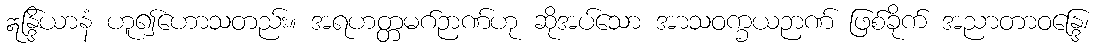
ဣန္ဒြိယာနံ ဟူ၍ဟောသတည်း။ အရဟတ္တမဂ်ဉာဏ်ဟု ဆိုအပ်သော အာသဝက္ခယဉာဏ် ဖြစ်ခိုက် အညာတာဝန္ဒြေ၊